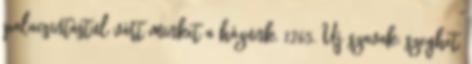
palacsintástul várt minket a házunk. 1265. Új szavak: szeghet,